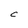
Character: C